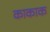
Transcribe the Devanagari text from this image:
काकाक